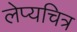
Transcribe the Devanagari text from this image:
लेप्यचित्र